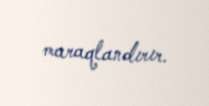
maraqlandırır.